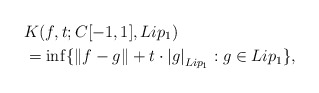
\begin{align*}&K(f,t;C[-1,1],Lip_1)\\&=\inf\{\left\|f-g\right\|+t\cdot \left|g\right|_{Lip_1}: g\in Lip_1\},\end{align*}